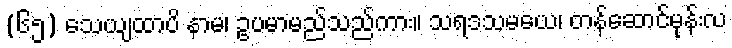
(၆၅) သေယျထာပိ နာမ၊ ဥပမာမည်သည်ကား။ သရဒသမယေ၊ တန်ဆောင်မုန်းလ